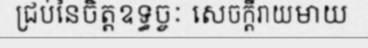
ជ្រប់នៃចិត្តឧទ្ធច្ចៈ សេចក្តីរាយមាយ